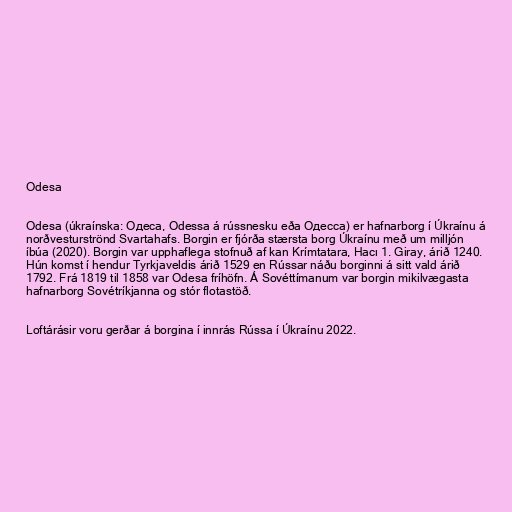
Odesa

Odesa (úkraínska: Одеса, Odessa á rússnesku eða Одесса) er hafnarborg í Úkraínu á
norðvesturströnd Svartahafs. Borgin er fjórða stærsta borg Úkraínu með um milljón
íbúa (2020). Borgin var upphaflega stofnuð af kan Krímtatara, Hacı 1. Giray, árið 1240.
Hún komst í hendur Tyrkjaveldis árið 1529 en Rússar náðu borginni á sitt vald árið
1792. Frá 1819 til 1858 var Odesa fríhöfn. Á Sovéttímanum var borgin mikilvægasta
hafnarborg Sovétríkjanna og stór flotastöð.

Loftárásir voru gerðar á borgina í innrás Rússa í Úkraínu 2022.